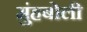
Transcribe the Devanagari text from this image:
मुंहबोली